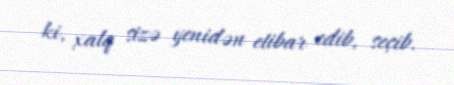
ki, xalq sizə yenidən etibar edib, seçib.